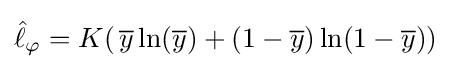
{\hat {\ell }}_{\varphi }=K(\,{\overline {y}}\ln({\overline {y}})+(1-{\overline {y}})\ln(1-{\overline {y}}))